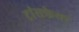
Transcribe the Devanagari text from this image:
ट्रांसफेयर